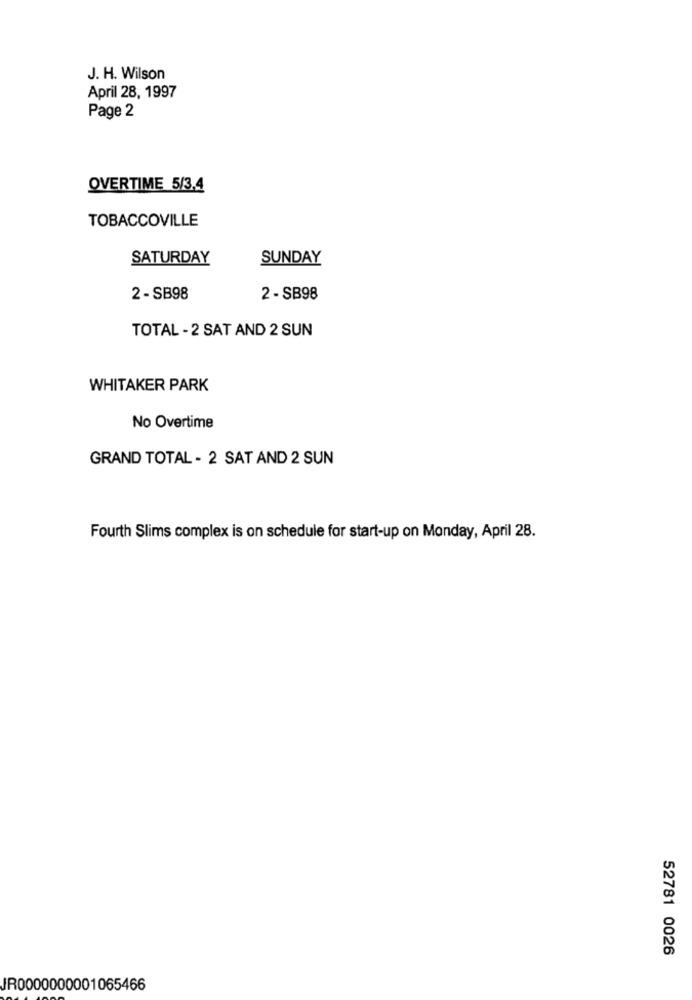
J. H. Wilson
April 28, 1997
Page 2
OVERTIME 5/3.4
TOBACCOVILLE
SATURDAY
SUNDAY
2 - SB98
2 - SB98
TOTAL - 2 SAT AND 2 SUN
WHITAKER PARK
No Overtime
GRAND TOTAL - 2 SAT AND 2 SUN
Fourth Slims complex is on schedule for start-up on Monday, April 28.
52781 0026
JR0000000001065466